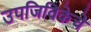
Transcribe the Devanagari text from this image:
उपजिविकेचे